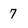
Character: 7